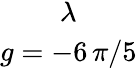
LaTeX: \begin{array}{c}{{\lambda}}\\ {{g=-6\, \pi/5}}\end{array}